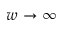
w \rightarrow \infty